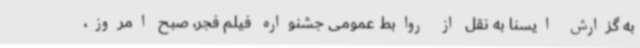
به گزارش ایسنا به نقل از روابط عمومی جشنواره فیلم فجر، صبح امروز،